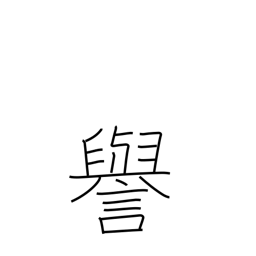
Meaning: fame